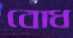
বোধ